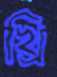
খ্রি